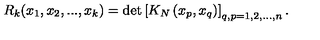
R _ { k } ( x _ { 1 } , x _ { 2 } , . . . , x _ { k } ) = \det \left[ K _ { N } \left( x _ { p } , x _ { q } \right) \right] _ { q , p = 1 , 2 , . . . , n } .